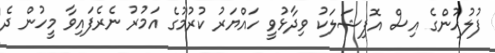
ފުލުހުންގެ އިސް އޮފިޝަލަކު ވިދާޅުވީ ހައްޔަރު ކުރުމުގެ އަމުރު ނެރެފައިވާ މީހުން ދެ